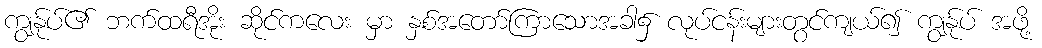
ကျွန်ုပ်၏ ဘက်ထရီအိုး ဆိုင်ကလေး မှာ နှစ်အတော်ကြာသောအခါ၌ လုပ်ငန်းများတွင်ကျယ်၍ ကျွန်ုပ် အဖို့